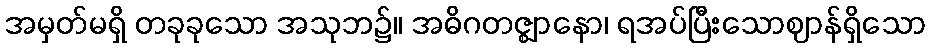
အမှတ်မရှိ တခုခုသော အသုဘ၌။ အဓိဂတဇ္ဈာနော၊ ရအပ်ပြီးသောဈာန်ရှိသော